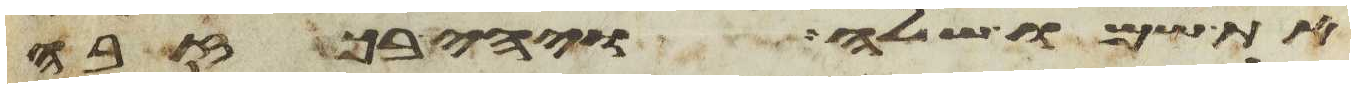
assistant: את שמו שלה ויהי בכזבה